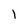
Character: 1